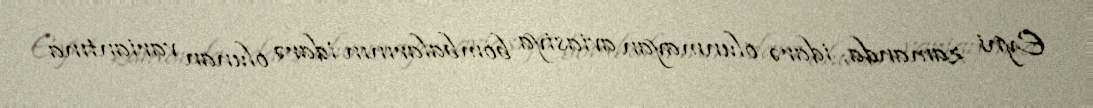
Eyni zamanda, idarə olunmayan aviasiya bombalarının idarə olunan variantına